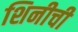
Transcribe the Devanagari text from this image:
शिनीची